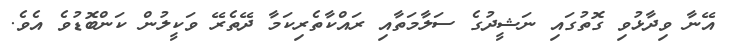
އޭނާ ވިދާޅުވި ގޮތުގައި ނަޝީދުގެ ސަލާމަތާއި ރައްކާތެރިކަމާ ދޭތެރޭ ވަކީލުން ކަންބޮޑުވެ އެވެ.